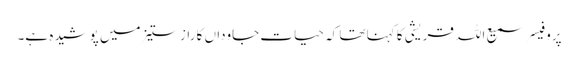
پروفیسر سمیع اللہ قریشی کا کہنا تھا کہ حیات جاوداں کا راز ستیز میں پوشیدہ ہے۔